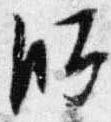
師